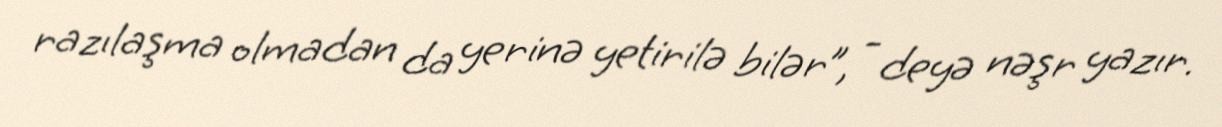
razılaşma olmadan da yerinə yetirilə bilər”, - deyə nəşr yazır.